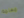
معلمة